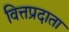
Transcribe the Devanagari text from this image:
वित्तप्रदाता